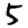
Digit: 5